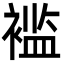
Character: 褴